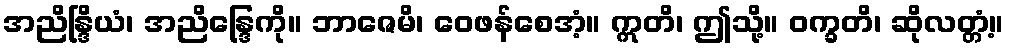
အညိန္ဒြိယံ၊ အညိန္ဒြေကို။ ဘာဇေမိ၊ ဝေဖန်စေအံ့။ ဣတိ၊ ဤသို့။ ဝက္ခတိ၊ ဆိုလတ္တံ့။